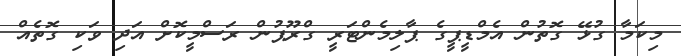
މިކަމާ ގުޅޭ ގޮތުން އެމްޑީޕީގެ ޕާލިމެންޓަރީ ގްރޫޕުން ރަސްމީކޮށް އަދި ވަކި ގޮތެއް